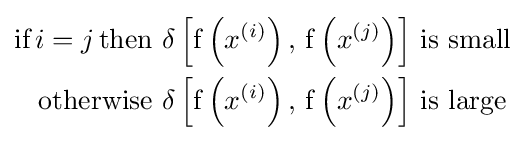
{\begin{aligned}{\text{if}}\,i=j\,{\text{then}}&\,\operatorname {\delta } \left[\operatorname {f} \left(x^{(i)}\right),\,\operatorname {f} \left(x^{(j)}\right)\right]\,{\text{is small}}\\{\text{otherwise}}&\,\operatorname {\delta } \left[\operatorname {f} \left(x^{(i)}\right),\,\operatorname {f} \left(x^{(j)}\right)\right]\,{\text{is large}}\end{aligned}}